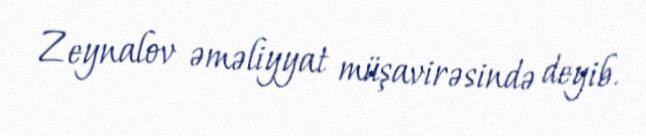
Zeynalov əməliyyat müşavirəsində deyib.